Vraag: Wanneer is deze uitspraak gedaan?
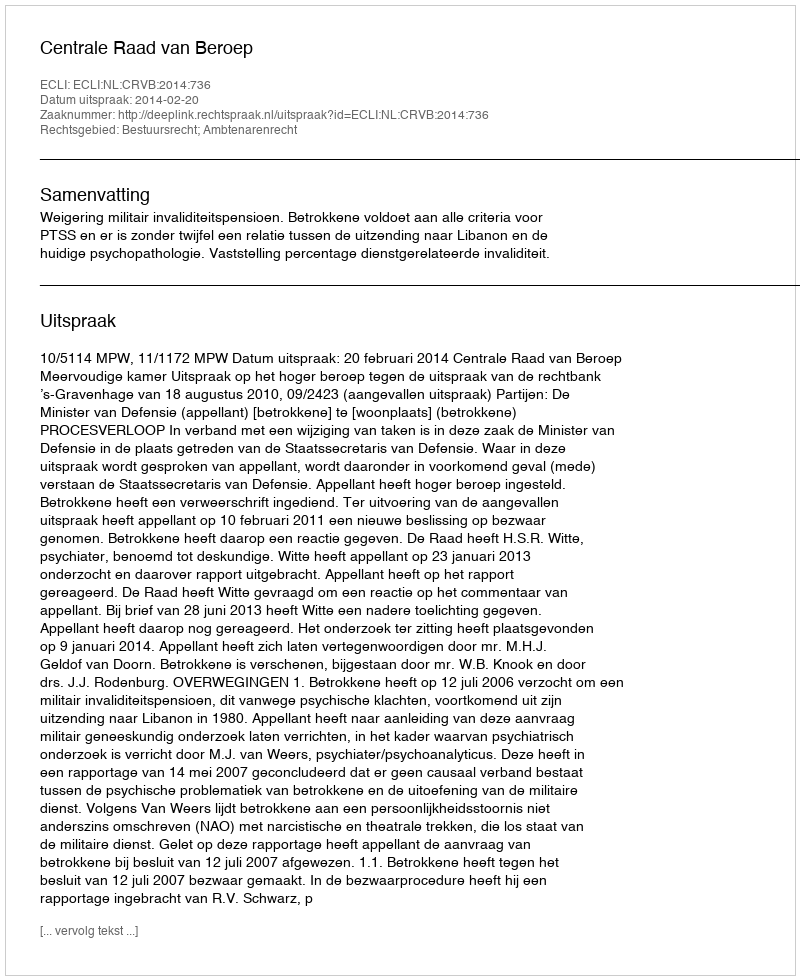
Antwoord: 2014-02-20